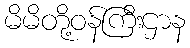
မိမိတို့ဝန်ကြီးဌာန